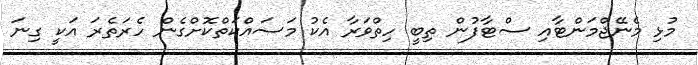
މުޅި މެނޭޖްމަންޓާއި ސްޓާފުން ތިބީ ހިތްވަރާ އެކު މަސައްކަތްކޮށްގެން ހެރަތެރަ އަކީ ގިނަ